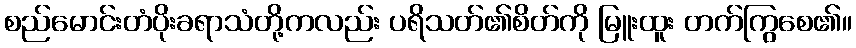
စည်မောင်းတံပိုးခရာသံတို့ကလည်း ပရိသတ်၏စိတ်ကို မြူးထူး တက်ကြွစေ၏။